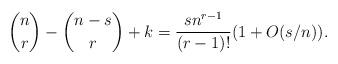
LaTeX: \begin{align*} \binom{n}{r}-\binom{n-s}{r}+k = \frac{sn^{r-1}}{(r-1)!}(1+O(s/n)).\end{align*}